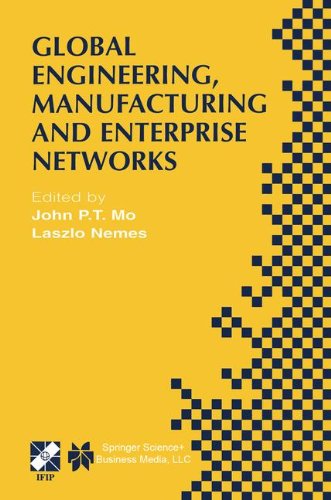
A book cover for Global Engineering, Manufacturing and Enterprise Networks: IFIP TC5 WG5.3/5.7/5.12 Fourth International Working Conference on the Design of ... in Information and Communication Technology); Computers & Technology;